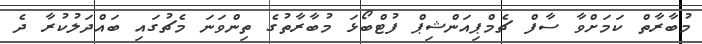
މުބާރާތް ކަމަށްވާ ސާފް ޗެމްޕިއަންޝިޕް ފުޓްބޯޅަ މުބާރާތުގެ ތިންވަނަ މެޗުގައި ބައްދަލުކުރާ ދެ